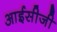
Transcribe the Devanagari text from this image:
आईसीजी